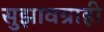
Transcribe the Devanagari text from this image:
सुझावग्राही